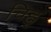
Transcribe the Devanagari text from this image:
चिह्नृ